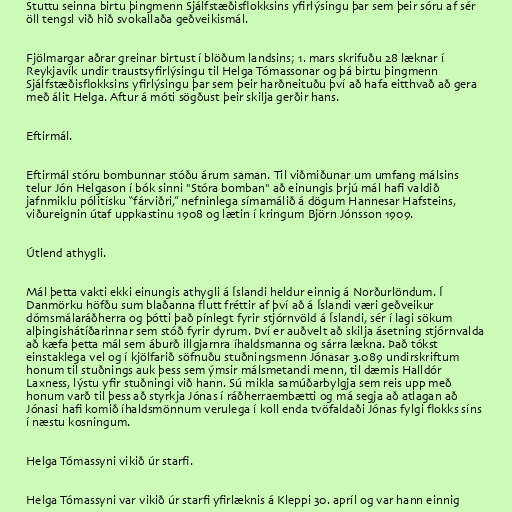
Stuttu seinna birtu þingmenn Sjálfstæðisflokksins yfirlýsingu þar sem þeir sóru af sér
öll tengsl við hið svokallaða geðveikismál.

Fjölmargar aðrar greinar birtust í blöðum landsins; 1. mars skrifuðu 28 læknar í
Reykjavík undir traustsyfirlýsingu til Helga Tómassonar og þá birtu þingmenn
Sjálfstæðisflokksins yfirlýsingu þar sem þeir harðneituðu því að hafa eitthvað að gera
með álit Helga. Aftur á móti sögðust þeir skilja gerðir hans.

Eftirmál.

Eftirmál stóru bombunnar stóðu árum saman. Til viðmiðunar um umfang málsins
telur Jón Helgason í bók sinni "Stóra bomban" að einungis þrjú mál hafi valdið
jafnmiklu pólitísku “fárviðri,” nefninlega símamálið á dögum Hannesar Hafsteins,
viðureignin útaf uppkastinu 1908 og lætin í kringum Björn Jónsson 1909.

Útlend athygli.

Mál þetta vakti ekki einungis athygli á Íslandi heldur einnig á Norðurlöndum. Í
Danmörku höfðu sum blaðanna flutt fréttir af því að á Íslandi væri geðveikur
dómsmálaráðherra og þótti það pínlegt fyrir stjórnvöld á Íslandi, sér í lagi sökum
alþingishátíðarinnar sem stóð fyrir dyrum. Því er auðvelt að skilja ásetning stjórnvalda
að kæfa þetta mál sem áburð illgjarnra íhaldsmanna og sárra lækna. Það tókst
einstaklega vel og í kjölfarið söfnuðu stuðningsmenn Jónasar 3.089 undirskriftum
honum til stuðnings auk þess sem ýmsir málsmetandi menn, til dæmis Halldór
Laxness, lýstu yfir stuðningi við hann. Sú mikla samúðarbylgja sem reis upp með
honum varð til þess að styrkja Jónas í ráðherraembætti og má segja að atlagan að
Jónasi hafi komið íhaldsmönnum verulega í koll enda tvöfaldaði Jónas fylgi flokks síns
í næstu kosningum.

Helga Tómassyni vikið úr starfi.

Helga Tómassyni var vikið úr starfi yfirlæknis á Kleppi 30. apríl og var hann einnig